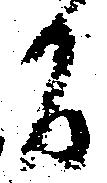
間